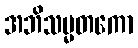
အဘိသမ္မတကော